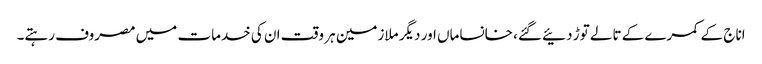
اناج کے کمرے کے تالے توڑ دئیے گئے، خانساماں اور دیگر ملازمین ہر وقت ان کی خدمات میں مصروف رہتے۔